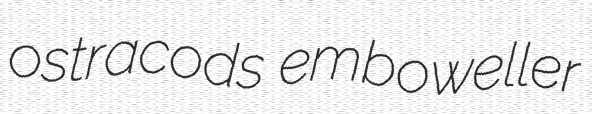
ostracods emboweller